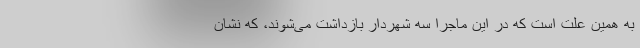
به همین علت است که در این ماجرا سه شهردار بازداشت می‌شوند، که نشان